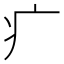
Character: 疒